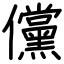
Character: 儻